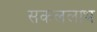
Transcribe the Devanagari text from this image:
सकललाभ